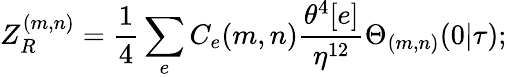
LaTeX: Z_{R}^{(m,n)}=\frac{1}{4}\sum_{e}C_{e}(m,n)\frac{\theta^{4}[e]}{\eta^{12}}\Theta_{(m,n)}(0|\tau);